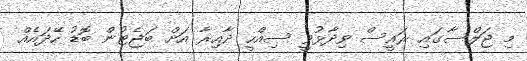
މި ޖަލްސާގައި ރައީސް ވިދާޅުވީ ސިއްހީ ދާއިރާ އަށް ބަޖެޓުން ބޮޑު ހޭދައެއް